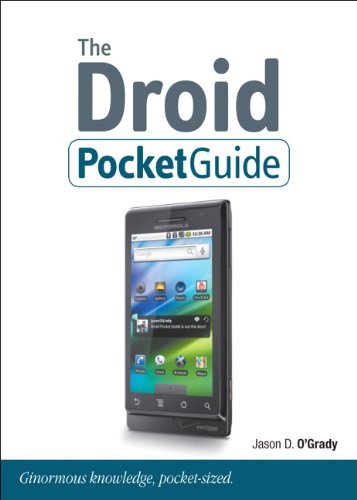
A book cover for The Droid Pocket Guide (Peachpit Pocket Guide); Jason D. O'Grady; Computers & Technology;